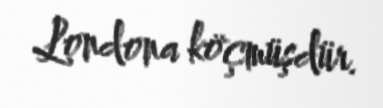
Londona köçmüşdür.